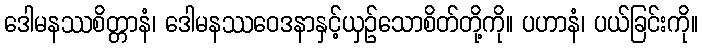
ဒေါမနဿစိတ္တာနံ၊ ဒေါမနဿဝေဒနာနှင့်ယှဉ်သောစိတ်တို့ကို။ ပဟာနံ၊ ပယ်ခြင်းကို။